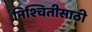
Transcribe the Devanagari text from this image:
निश्चितीसाठी